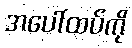
အပေါ်ထပ်ကို